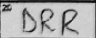
Transcription: DRR